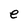
Character: e